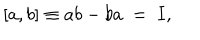
LaTeX: [ a , b ] \equiv a b - b a \ = \ I ,